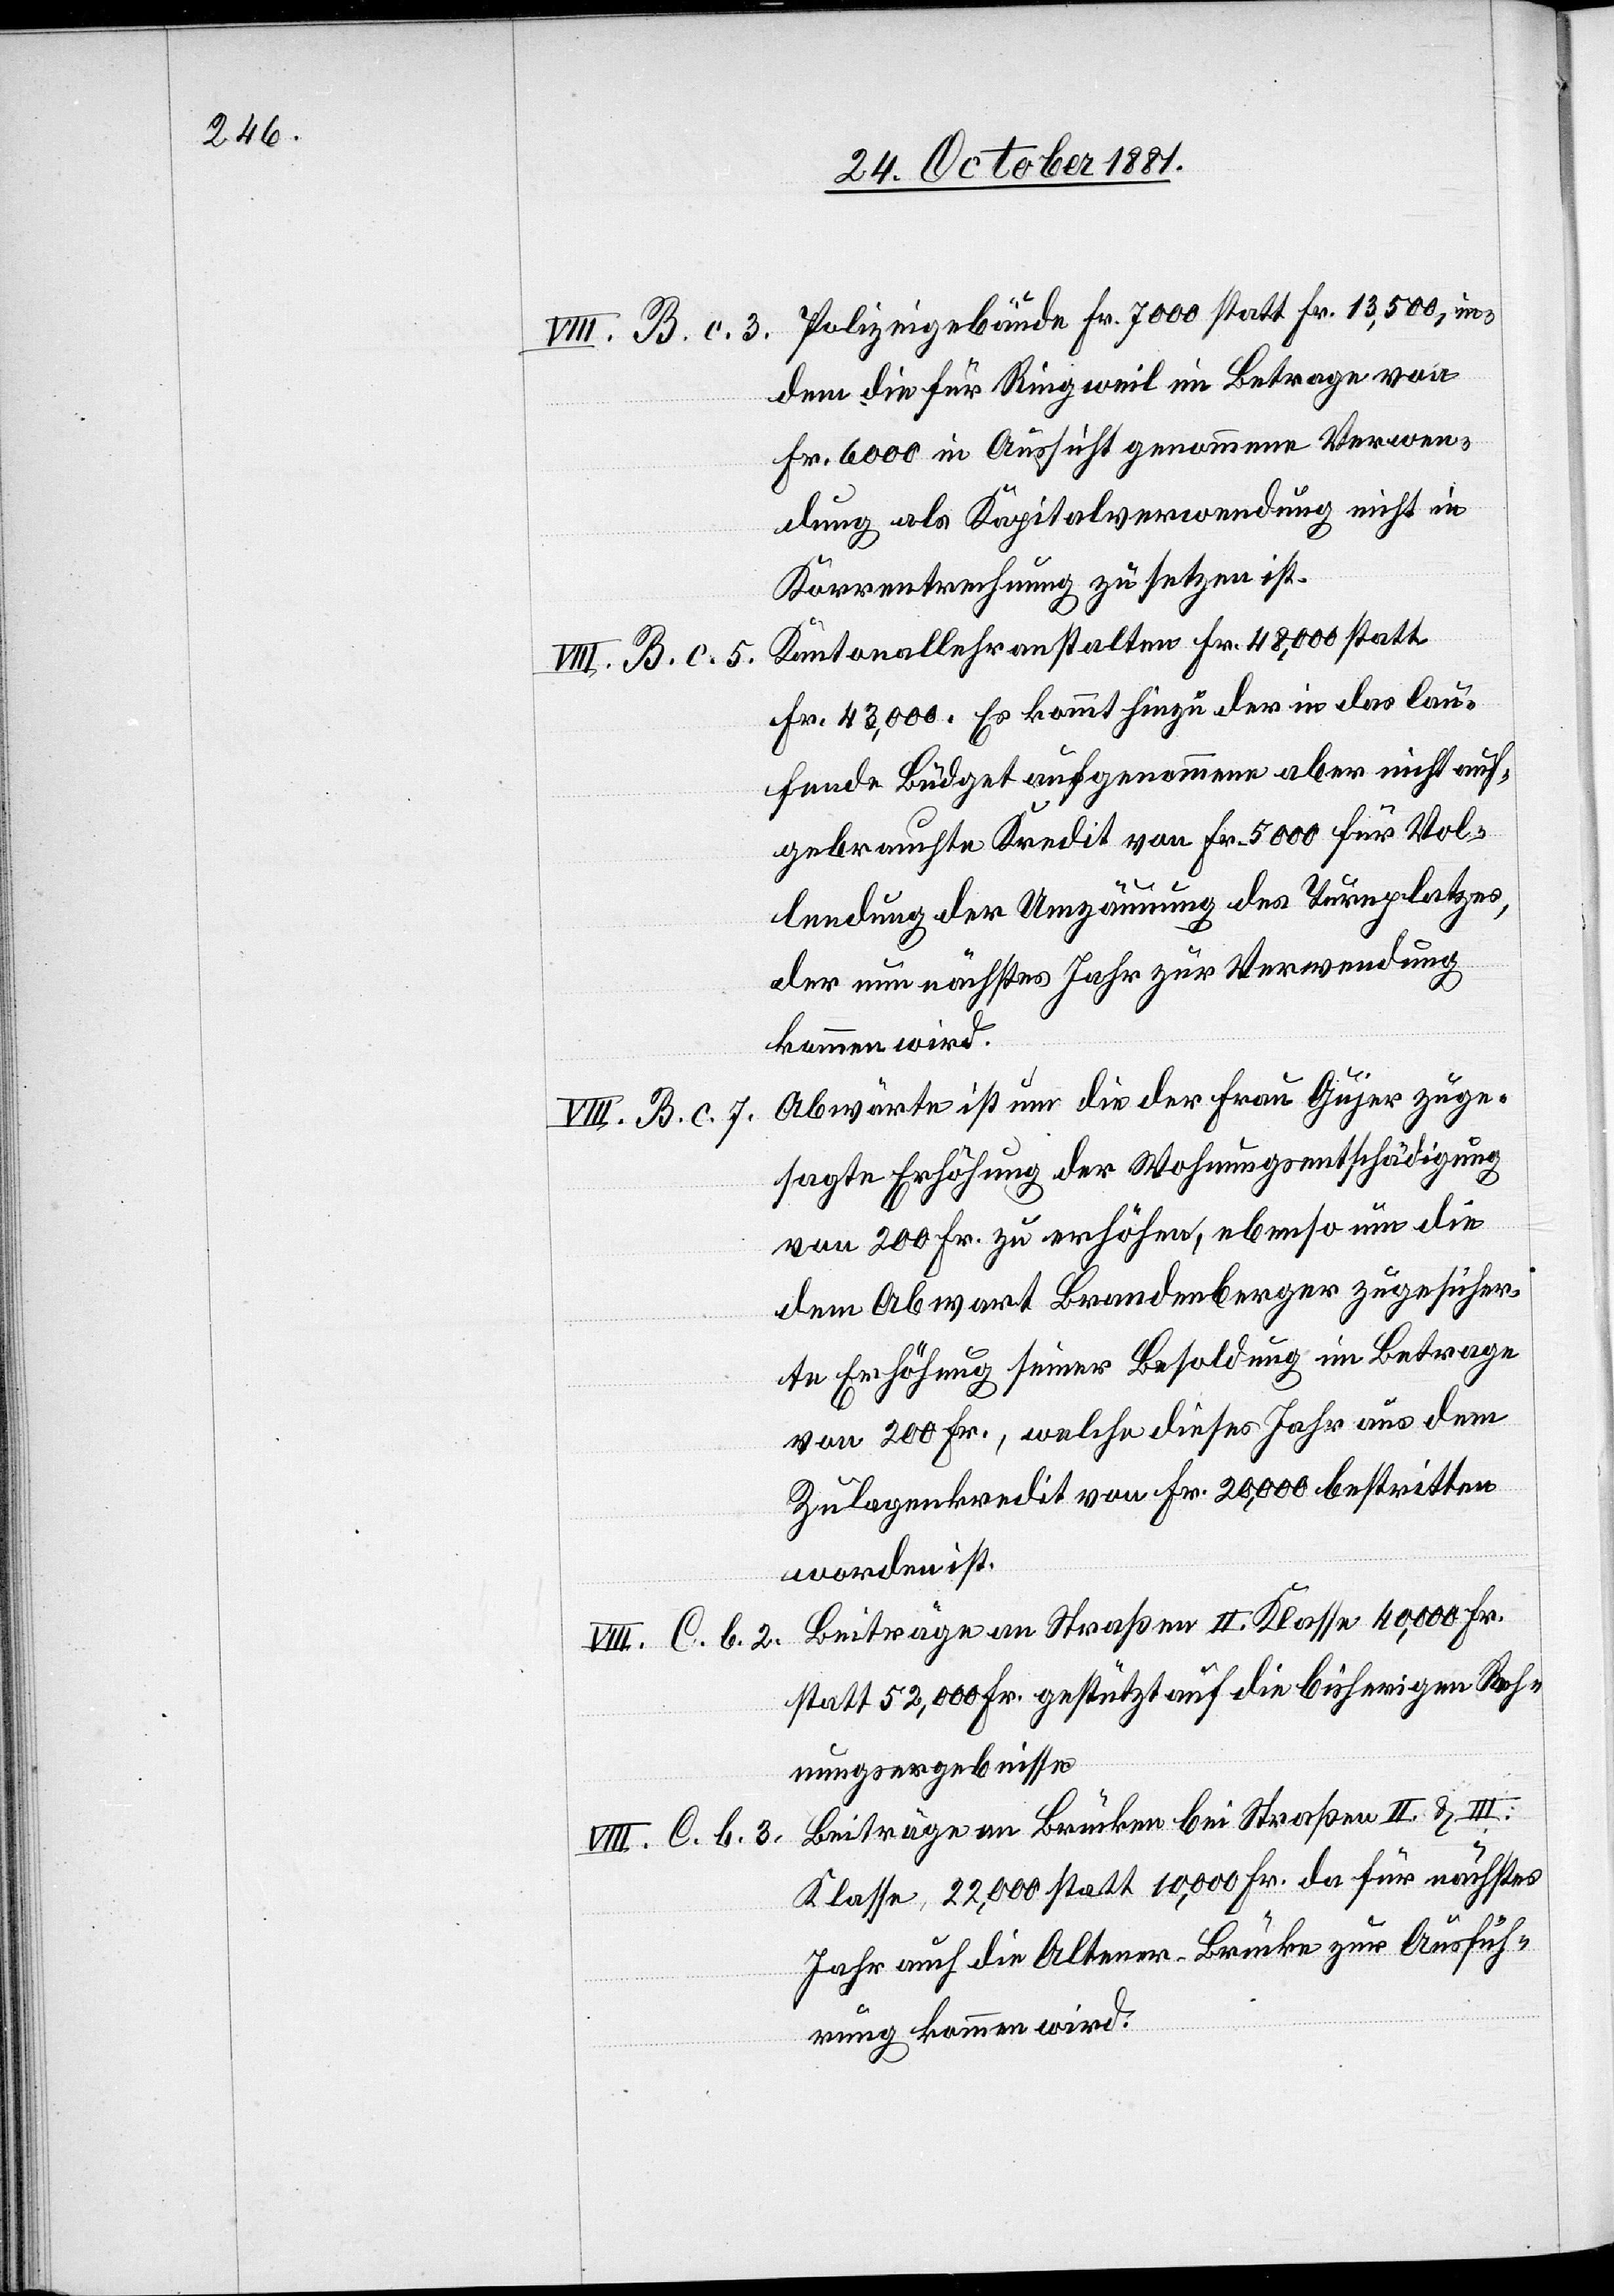
VIII. B. c. 3.
VIII. B. c. 5.
VIII. B. c. 7.
VIII. C. b. 3.

Polizeigebäude Fr. 7000 statt Fr. 13,500, in¬
dem die für Ringweil im Betrage von
Fr. 6000 in Aussicht genommene Verwen¬
dung als Kapitalverwendung nicht in
Korrentrechnung zu setzen ist.
Kantonallehranstalten Fr. 48,000 statt
Fr. 43,000. Es kommt hinzu der in das lau¬
fende Büdget aufgenommene aber nicht auf¬
gebrauchte Kredit von Fr. 5000 für Vol¬
lendung der Umzäunung des Turnplatzes,
der nun nächstes Jahr zur Verwendung
kommen wird.
Abwärte ist um die der Frau Gujer zuge¬
sagte Erhöhung der Wohnungsentschädigung
von 200 Fr. zu erhöhen, ebenso um die
dem Abwart Brandenberger zugesicher¬
te Erhöhung seiner Besoldung im Betrage
von 200 Fr., welche dieses Jahr aus dem
Zulagenkredit von Fr. 20,000 bestritten
worden ist.
Beiträge an Straßen II. Klasse 40,000 Fr.
statt 52,000 Fr. gestützt auf die bisherigen Rech¬
nungsergebnisse.
Beiträge an Brücken bei Straßen II. & III.
Klasse 22,000 statt 10,000 Fr. da für nächstes
Jahr auch die Altener-Brücke zur Ausfüh¬
rung kommen wird.